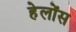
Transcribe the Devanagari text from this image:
हेलोंस